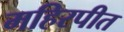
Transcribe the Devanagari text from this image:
महिरपीत